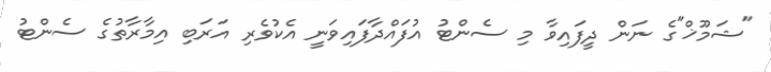
"ޝަމޫޚް"ގެ ނަން ދީފައިވާ މި ސެންޓު އުފައްދާފައިވަނީ އެކުވެރި އަރަބި އިމާރާތުގެ ސެންޓު